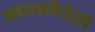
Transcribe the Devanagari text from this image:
मार्गांचेही